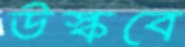
উস্‌কবে